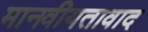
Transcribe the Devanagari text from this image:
मानवीयतावाद